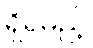
ရှိရမည့်